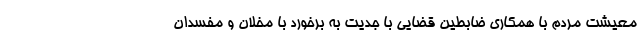
معیشت مردم با همکاری ضابطین قضایی با جدیت به برخورد با مخلان و مفسدان